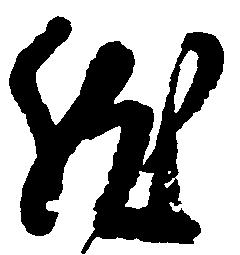
然